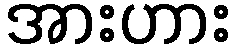
အားဟား